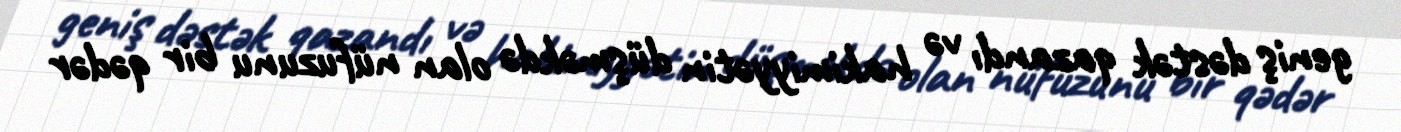
geniş dəstək qazandı və hakimiyyətin düşməkdə olan nüfuzunu bir qədər